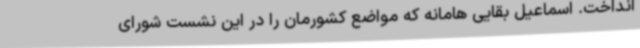
انداخت. اسماعیل بقایی هامانه که مواضع کشورمان را در این نشست شورای